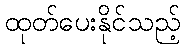
ထုတ်ပေးနိုင်သည့်